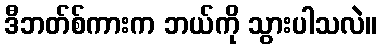
ဒီဘတ်စ်ကားက ဘယ်ကို သွားပါသလဲ။